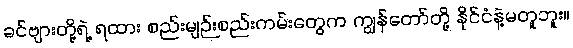
ခင်ဗျားတို့ရဲ့ ရထား စည်းမျဉ်းစည်းကမ်းတွေက ကျွန်တော်တို့ နိုင်ငံနဲ့မတူဘူး။